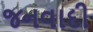
જનવાદી